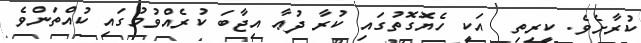
ކުރާށެވެ. ކީރިތި  އަކީ ހެޔޮގޮތުގައި ކުރާ ދުޢާ އިޖާބަ ކުރެއްވުމުގައި ކުއްތަންވެ